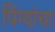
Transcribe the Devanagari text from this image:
पिंग्यांचा